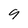
Character: 9